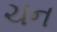
ચન